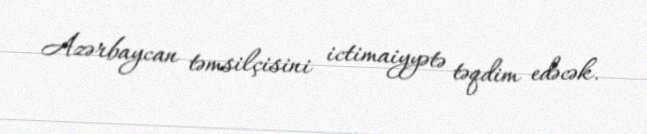
Azərbaycan təmsilçisini ictimaiyyətə təqdim edəcək.